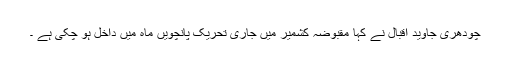
چودھری جاوید اقبال نے کہا مقبوضہ کشمیر میں جاری تحریک پانچویں ماہ میں داخل ہو چکی ہے ۔